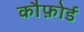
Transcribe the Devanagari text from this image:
कौफ़ोर्ड